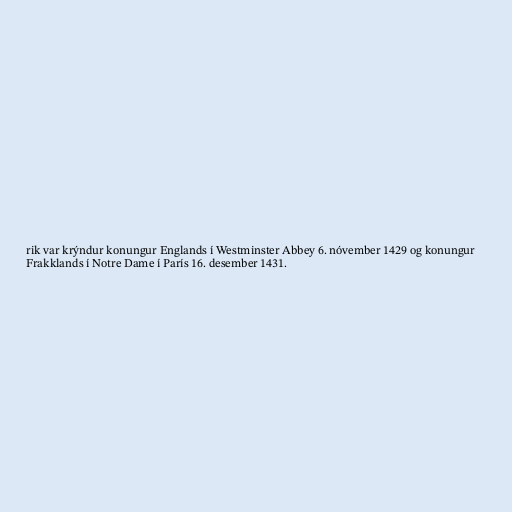
rik var krýndur konungur Englands í Westminster Abbey 6. nóvember 1429 og konungur
Frakklands í Notre Dame í París 16. desember 1431.